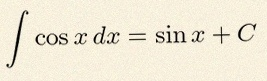
\int \cos x\,dx=\sin x+C